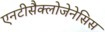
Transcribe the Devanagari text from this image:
एनटीसैक्लोजेनेसिस